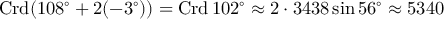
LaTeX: \operatorname { C r d } ( 1 0 8 ^ { \circ } + 2 ( - 3 ^ { \circ } ) ) = \operatorname { C r d } 1 0 2 ^ { \circ } \approx 2 \cdot 3 4 3 8 \sin 5 6 ^ { \circ } \approx 5 3 4 0